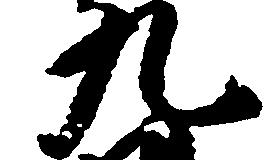
九